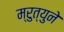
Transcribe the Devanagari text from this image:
म्रुत्युने